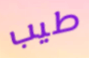
طيب